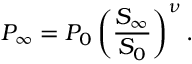
P _ { \infty } = P _ { 0 } \left( \frac { S _ { \infty } } { S _ { 0 } } \right) ^ { \nu } .